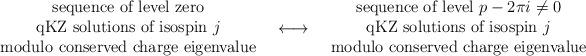
LaTeX: \begin{align*}\begin{tabular}{c} sequence of level zero \\qKZ solutions of isospin $j$\\modulo conserved charge eigenvalue\end{tabular}\;\;\longleftrightarrow\;\; \begin{tabular}{c}sequence of level $p- 2\pi i \neq 0$ \\qKZ solutions of isospin $j$\\ modulo conserved charge eigenvalue\end{tabular}\end{align*}